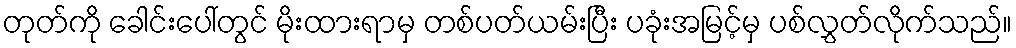
တုတ်ကို ခေါင်းပေါ်တွင် မိုးထားရာမှ တစ်ပတ်ယမ်းပြီး ပခုံးအမြင့်မှ ပစ်လွှတ်လိုက်သည်။